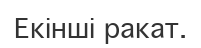
Екінші ракат.